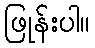
ဖြုန်းပါ။